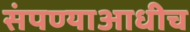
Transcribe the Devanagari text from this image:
संपण्याआधीच